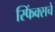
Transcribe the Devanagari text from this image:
स्फिंक्सचे